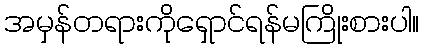
အမှန်တရားကိုရှောင်ရန်မကြိုးစားပါ။